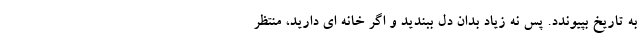
به تاریخ بپیوندد. پس نه زیاد بدان دل ببندید و اگر خانه ای دارید، منتظر